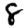
Digit: 8